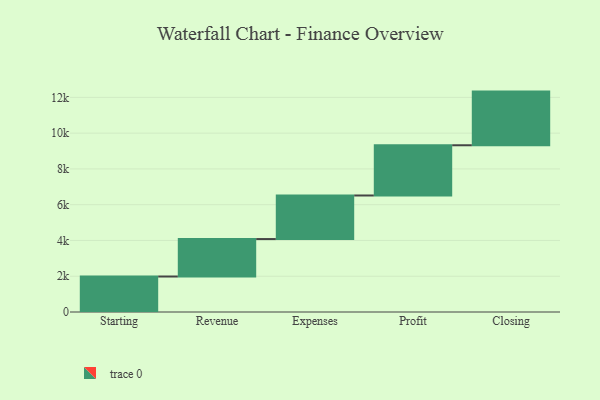
{"axis": {"x": "Step", "y": "Value"}, "legend": [""], "data": [{"x": "Starting", "y": 1984.0, "type": ""}, {"x": "Revenue", "y": 2094.0, "type": ""}, {"x": "Expenses", "y": 2436.0, "type": ""}, {"x": "Profit", "y": 2808.0, "type": ""}, {"x": "Closing", "y": 3000, "type": ""}]}